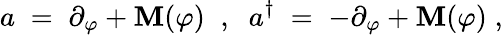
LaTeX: a\; =\; \partial_{\varphi}+\mathbf{M}(\varphi)\; \; ,\; \; a^{\dagger}\; =\; -\partial_{\varphi}+\mathbf{M}(\varphi)\; ,